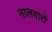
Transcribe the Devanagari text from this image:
नालवारों